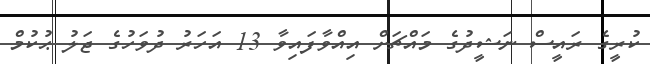
ކުރީގެ ރައީސް ނަޝީދުގެ މައްޗަށް އިއްވާފައިވާ 13 އަހަރު ދުވަހުގެ ޖަލު ޙުކުމް